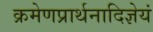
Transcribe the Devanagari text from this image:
क्रमेणप्रार्थनादिज्ञेयं